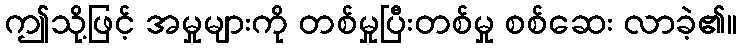
ဤသို့ဖြင့် အမှုများကို တစ်မှုပြီးတစ်မှု စစ်ဆေး လာခဲ့၏။